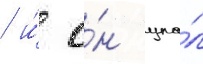
/ и́ о́н упа́л